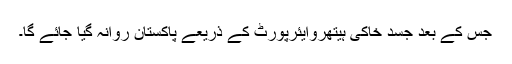
جس کے بعد جسد خاکی ہیتھروایئرپورٹ کے ذریعے پاکستان روانہ گیا جائے گا۔